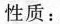
性质：